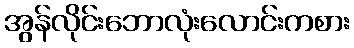
အွန်လိုင်းဘောလုံးလောင်းကစား